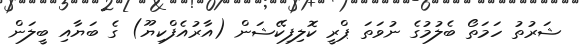
ޝަރުތު ހަމަތޯ ބެލުމުގެ ނުވަތަ ޕްރީ ކޮލިފިކޭޝަން (އާރުއެފްކިޔޫ) ގެ ބަޔާއި ބީލަން